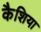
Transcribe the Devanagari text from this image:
कैशिया